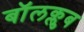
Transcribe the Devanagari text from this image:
बॉलक्लुब